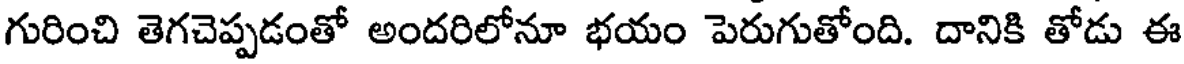
గురించి తెగచెప్పడంతో అందరిలోనూ భయం పెరుగుతోంది. దానికి తోడు ఈ